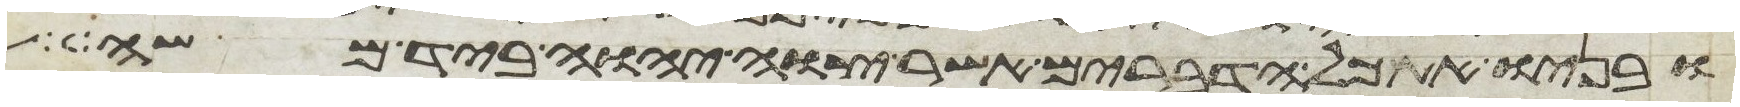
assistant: ובניו את כל הדברים אשר צוה יהוה ביד משה